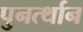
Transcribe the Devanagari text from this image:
पुनर्त्थान